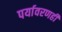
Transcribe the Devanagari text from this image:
पर्यावरणही